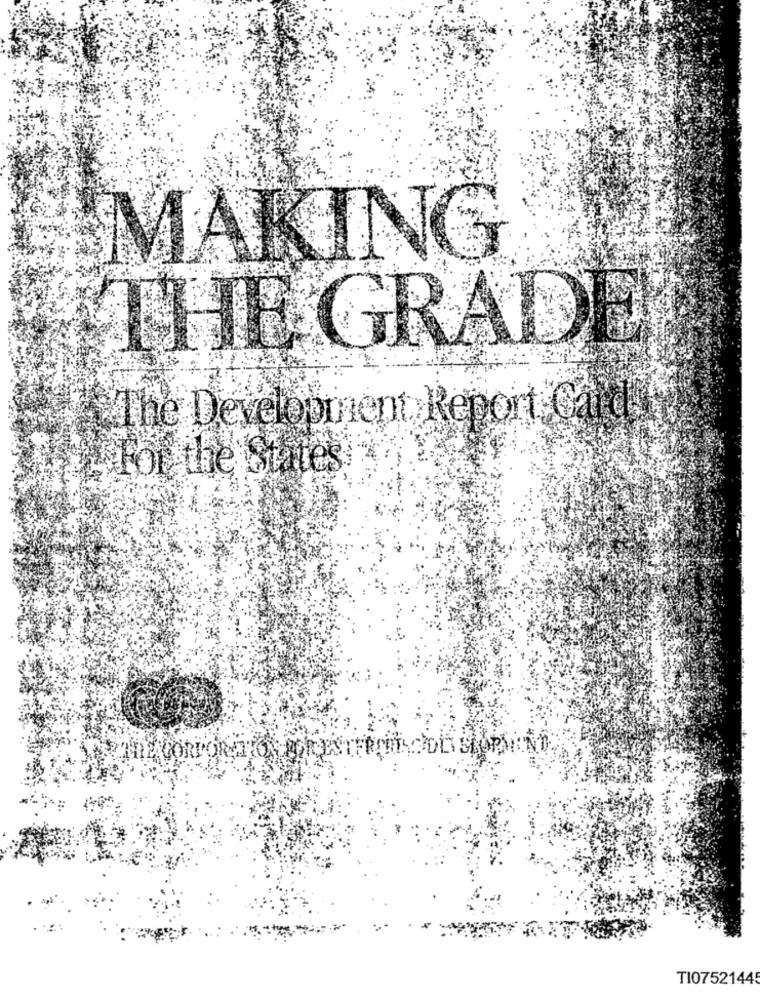
MAKING
THE GRADE
"The Development Report Card
For the States
CORPO
TI07521445